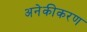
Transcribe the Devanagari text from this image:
अनेकीकरण